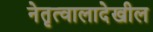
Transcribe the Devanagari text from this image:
नेतृत्वालादेखील